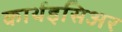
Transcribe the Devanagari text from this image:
कार्थइसिअर